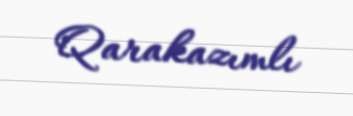
Qarakazımlı